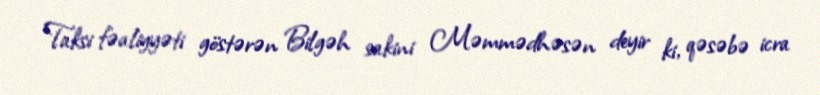
Taksi fəaliyyəti göstərən Bilgəh sakini Məmmədhəsən deyir ki, qəsəbə icra